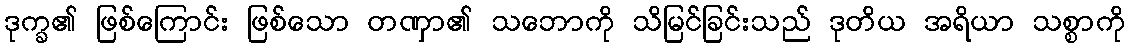
ဒုက္ခ၏ ဖြစ်ကြောင်း ဖြစ်သော တဏှာ၏ သဘောကို သိမြင်ခြင်းသည် ဒုတိယ အရိယာ သစ္စာကို